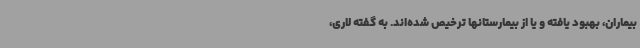
بیماران، بهبود یافته و یا از بیمارستانها ترخیص شده‌اند. به گفته لاری،